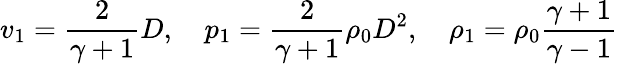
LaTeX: v_{1}={\frac{2}{\gamma+1}}D,\quad p_{1}={\frac{2}{\gamma+1}}\rho_{0}D^{2},\quad\rho_{1}=\rho_{0}{\frac{\gamma+1}{\gamma-1}}